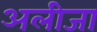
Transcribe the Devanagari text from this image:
अलीजा